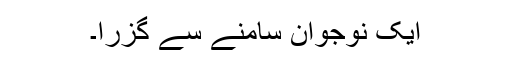
ایک نوجوان سامنے سے گزرا۔